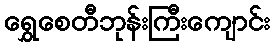
ရွှေစေတီဘုန်းကြီးကျောင်း